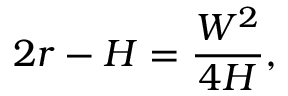
2 r - H = { \frac { W ^ { 2 } } { 4 H } } ,